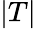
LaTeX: \left|T\right|